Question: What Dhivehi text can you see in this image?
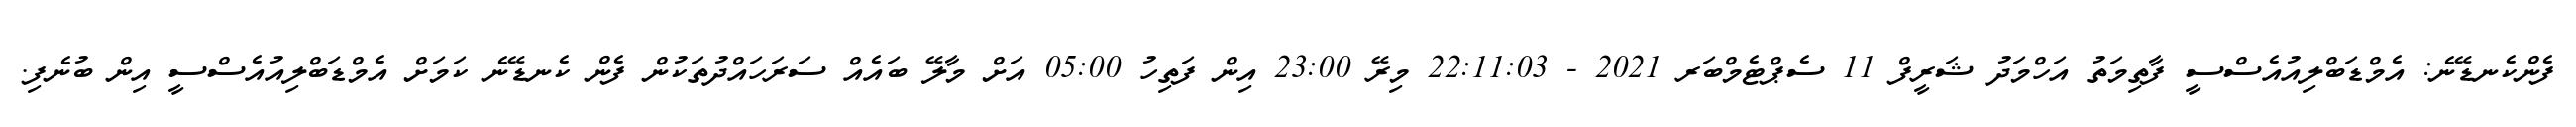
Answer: ފެންކެނޑޭނެ: އެމްޑަބްލިއުއެސްސީ ފާތިމަތު އަހްމަދު ޝަރީފް 11 ސެޕްޓެމްބަރ 2021 - 22:11:03 މިރޭ 23:00 އިން ފަތިހު 05:00 އަށް މާލޭ ބައެއް ސަރަހައްދުތަކުން ފެން ކެނޑޭނެ ކަމަށް އެމްޑަބްލިއުއެސްސީ އިން ބުނެފި.